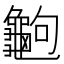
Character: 𪚶